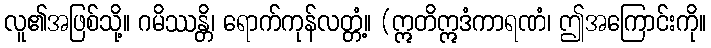
လူ၏အဖြစ်သို့။ ဂမိဿန္တိ၊ ရောက်ကုန်လတ္တံ့။ (ဣတိဣဒံကာရဏံ၊ ဤအကြောင်းကို။